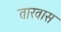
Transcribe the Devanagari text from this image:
तारवास